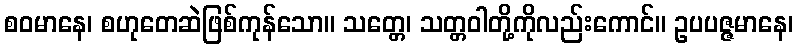
စဝမာနေ၊ စဟုတေဆဲဖြစ်ကုန်သော။ သတ္တေ၊ သတ္တဝါတို့ကိုလည်းကောင်။ ဥပပဇ္ဇမာနေ၊